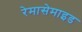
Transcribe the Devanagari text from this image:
रेमासेमाइड